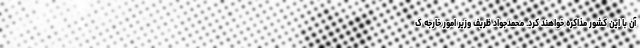
آن با این کشور مذاکره خواهند کرد. محمدجواد ظریف وزیر امور خارجه ک